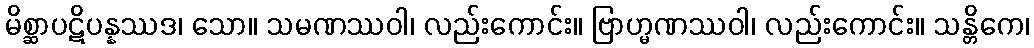
မိစ္ဆာပဋိပန္နဿဒ၊ သော။ သမဏဿဝါ၊ လည်းကောင်း။ ဗြာဟ္မဏဿဝါ၊ လည်းကောင်း။ သန္တိကေ၊